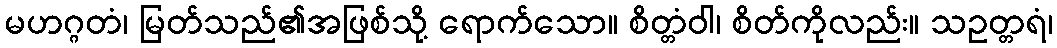
မဟဂ္ဂတံ၊ မြတ်သည်၏အဖြစ်သို့ ရောက်သော။ စိတ္တံဝါ၊ စိတ်ကိုလည်း။ သဥတ္တရံ၊